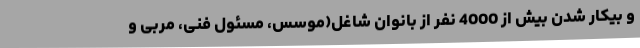
و بیکار شدن بیش از 4000 نفر از بانوان شاغل(موسس، مسئول فنی، مربی و